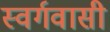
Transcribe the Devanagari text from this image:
स्‍वर्गवासी